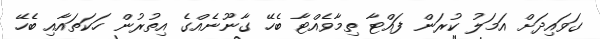
ގަވައިދަށް އަމަލު ކުރަން ފައްޓާ ތިމާވެއްޓާ ބެހޭ ގާނޫނެއްގެ އިތުރުން ހަކަތައާއި ބެހޭ